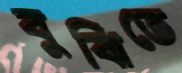
বুঝিতে